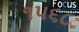
૧૫૬૮